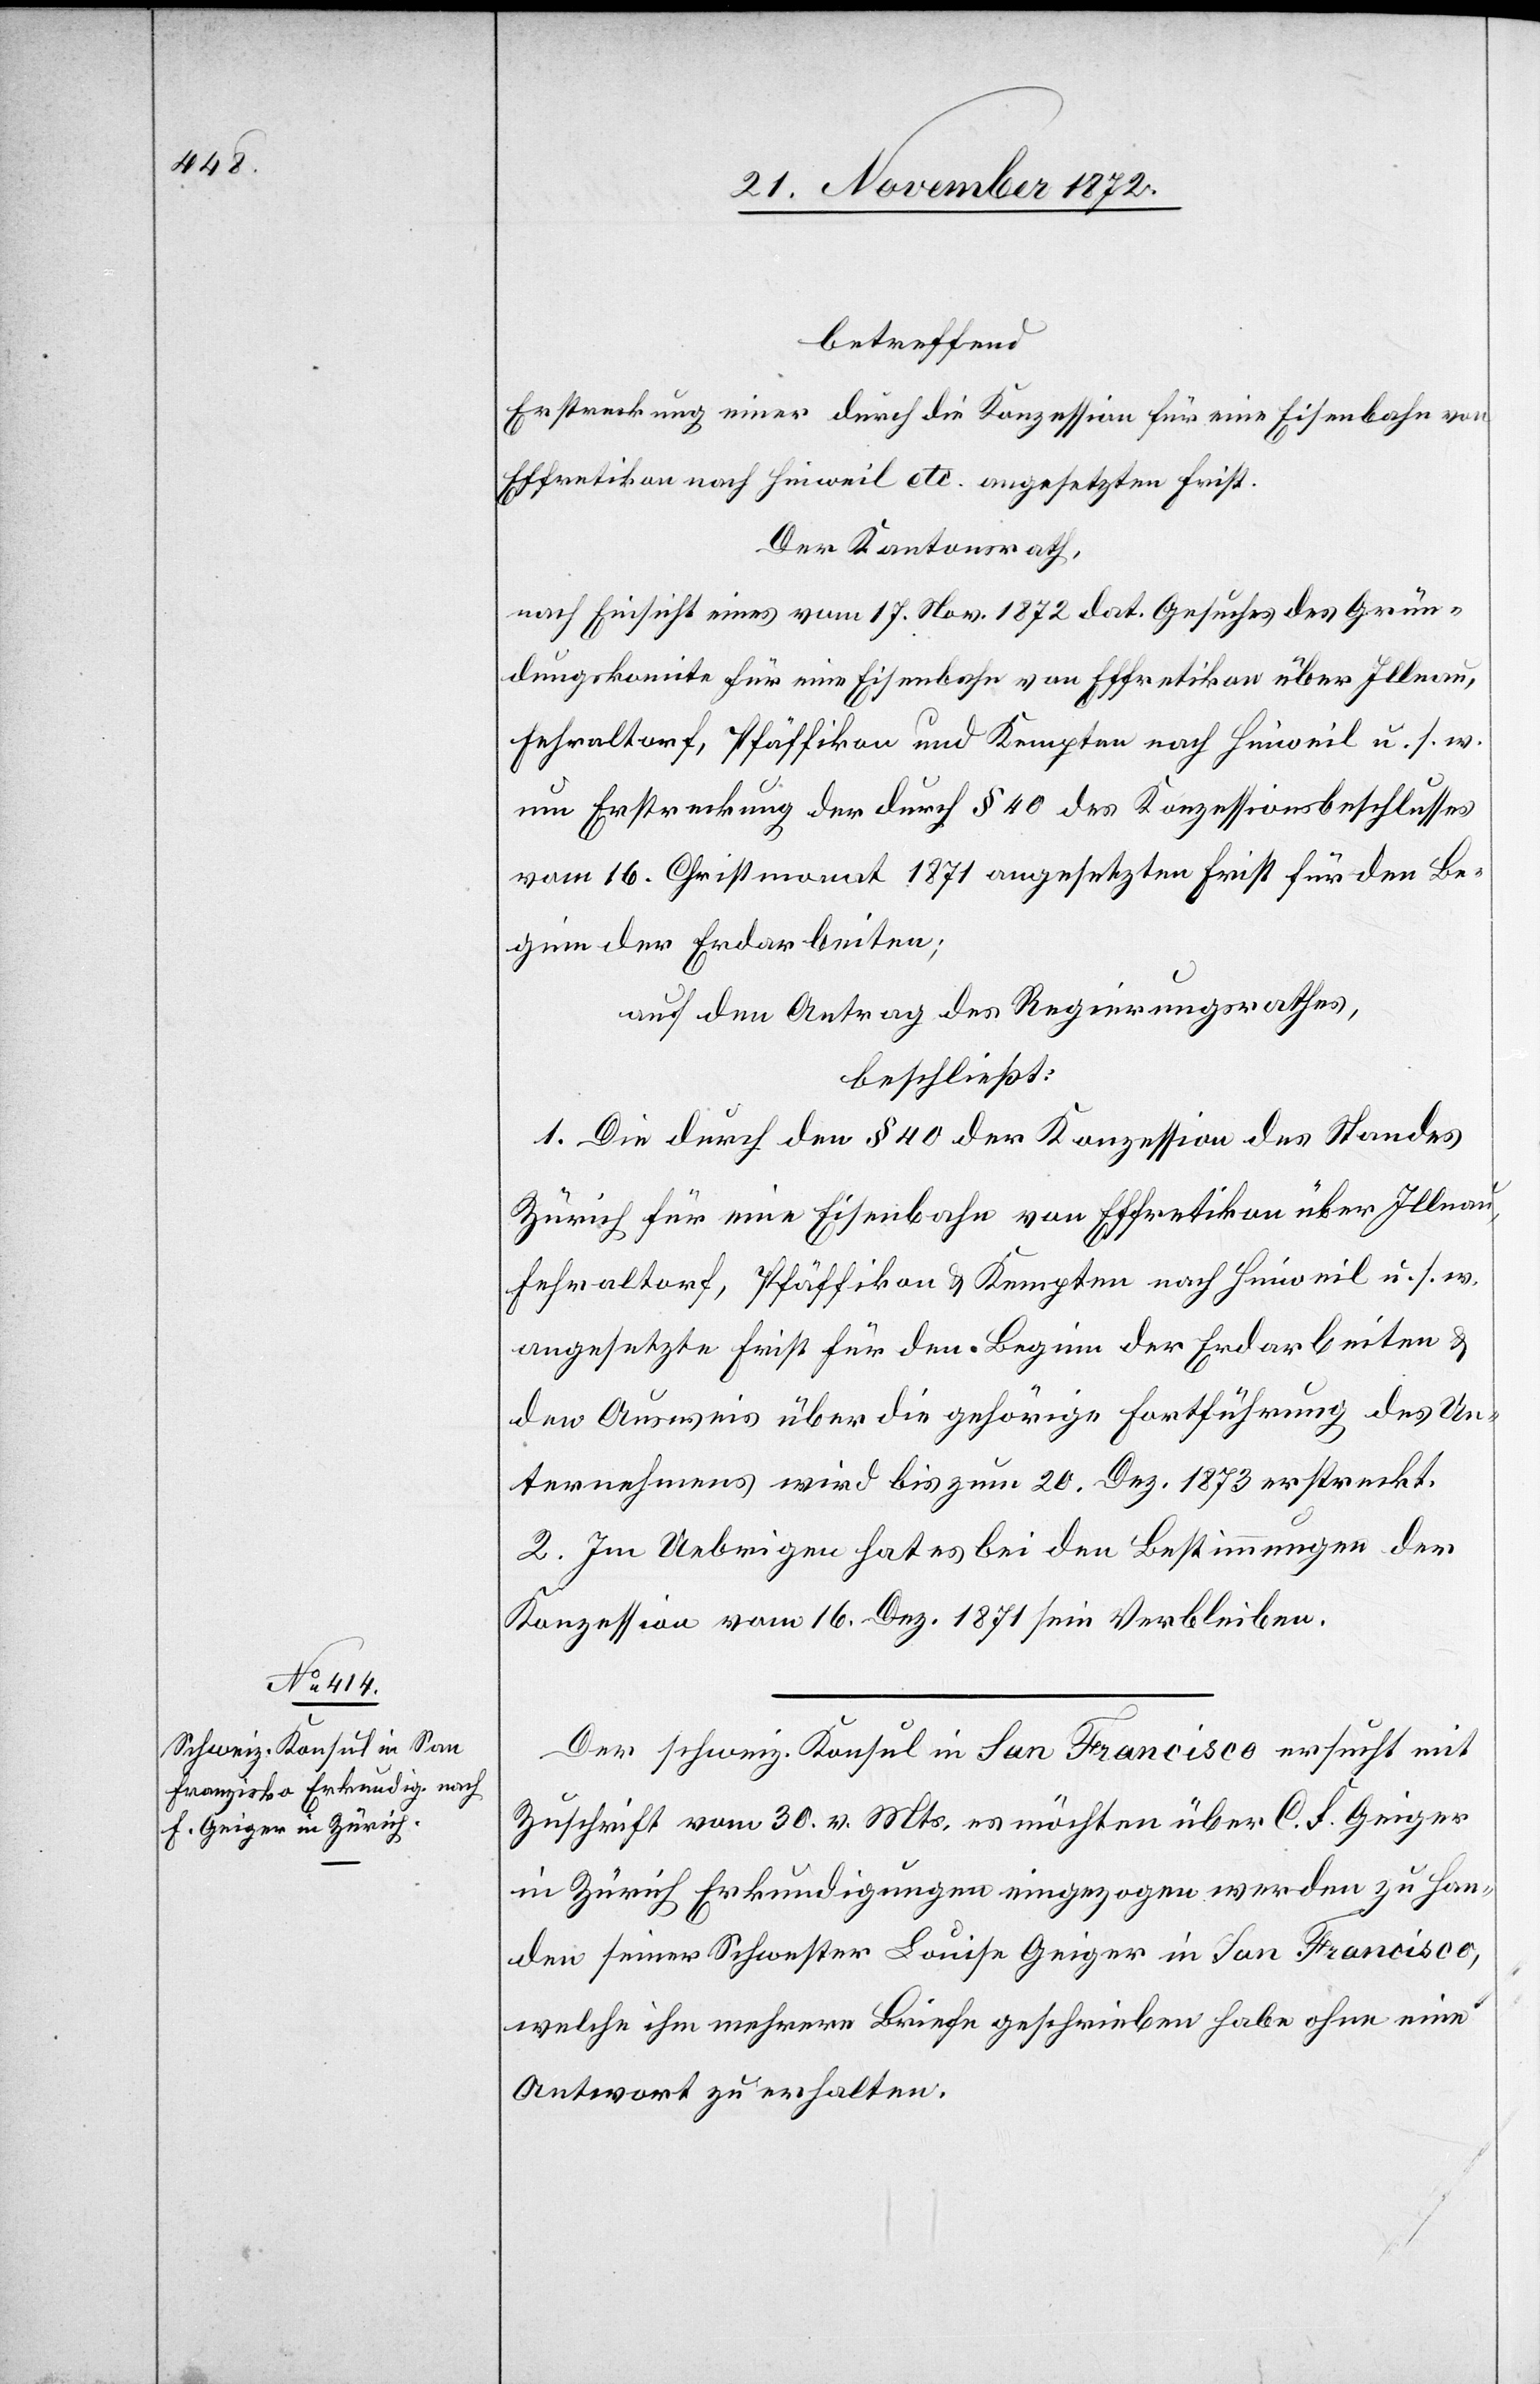
21. November 1872.]
betreffend
Erstreckung einer durch die Konzession für eine Eisenbahn von
Effretikon nach Hinweil etc. angesetzten Frist.
Der Kantonsrath,
nach Einsicht eines vom 17. Nov. 1872 dat. Gesuches des Grün¬
dungskomite für eine Eisenbahn von Effretikon über Illnau,
Fehraltorf, Pfäffikon und Kempten nach Hinweil u. s. w.
um Erstreckung der durch § 40 des Konzessionsbeschlusses
vom 16. Christmonat 1871 angesetzten Frist für den Be¬
ginn der Erdarbeiten;
auf den Antrag des Regierungsrathes,
beschließt:
1. Die durch den § 40 der Konzession des Standes
Zürich für eine Eisenbahn von Effretikon über Illnau,
Fehraltorf, Pfäffikon u. Kempten nach Hinweil u. s. w.
angesetzte Frist für den Beginn der Erdarbeiten u.
den Ausweis über die gehörige Fortführung des Un¬
ternehmens wird bis zum 20. Dez. 1873 erstreckt.
2. Im Uebrigen hat es bei den Bestimmungen der
Konzession vom 16. Dez. 1871 sein Verbleiben.
Der schweiz. Konsul in San Francisco ersucht mit
Zuschrift vom 30. v. Mts. es möchten über C. F. Geiger
in Zürich Erkundigungen eingezogen werden zu Han¬
den seiner Schwester Louise Geiger in San Francisco,
welche im mehrere Briefe geschrieben habe ohne eine
Antwort zu erhalten.